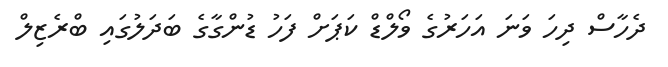
ދެހާސް ދިހަ ވަނަ އަހަރުގެ ވޯލްޑް ކަޕަށް ފަހު ޑުންގާގެ ބަދަލުގައި ބްރެޒިލް